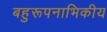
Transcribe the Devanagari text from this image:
बहुरूपनाभिकीय